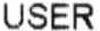
USER